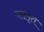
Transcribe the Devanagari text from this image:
परामृत